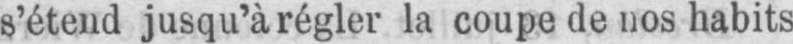
s’étend jusqu’à régler la coupe de nos habits